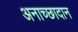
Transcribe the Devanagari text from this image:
अनाच्छादान